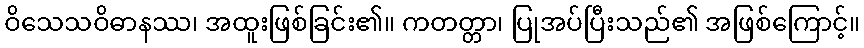
ဝိသေသဝိဓာနဿ၊ အထူးဖြစ်ခြင်း၏။ ကတတ္တာ၊ ပြုအပ်ပြီးသည်၏ အဖြစ်ကြောင့်။